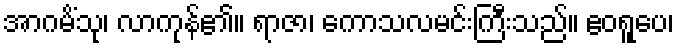
အာဂမိံသု၊ လာကုန်၏။ ရာဇာ၊ ကောသလမင်းကြီးသည်။ ဧဝရူပေ၊